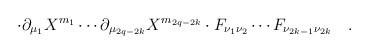
LaTeX: \begin{align*}\cdot \partial _{\mu _1}X^{m_1}\cdots \partial _{\mu_{2q-2k}}X^{m_{2q-2k}}\cdot F_{\nu _1\nu _2}\cdots F_{\nu _{2k-1}\nu_{2k}}\quad .\end{align*}